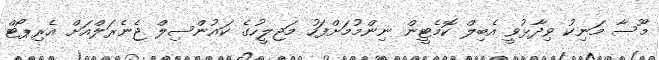
މޫސާ މަނިކު ވިދާޅުވީ އެބިލް ކޮމެޓީން ނިންމުމަށްފަހު މަޖިލީހުގެ ކައުންސިލް ޖެނެރަލްއަށް އެރިޕޯޓް